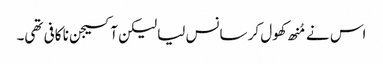
اس نے مُنھ کھول کر سانس لیا لیکن آکسیجن نا کافی تھی۔